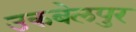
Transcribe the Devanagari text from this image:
उकबेलपुर